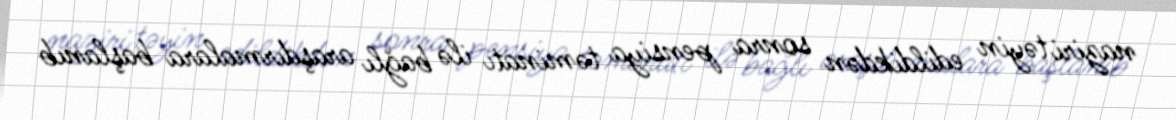
naziri təyin edildikdən sonra pensiya təminatı ilə bağlı araşdırmalara başlanıb